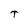
Character: T